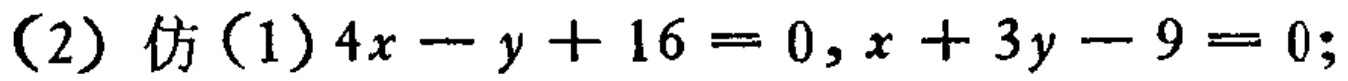
(2) 仿(1) \(4x - y + 16 = 0,x + 3y - 9 = 0;\)